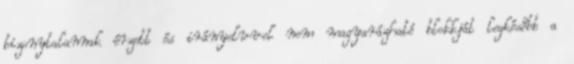
bizonytalannak érzett és irányelvvel nem magyarázható blokkját legkésőbb a